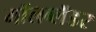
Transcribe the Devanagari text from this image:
गॉलब्लॅडर